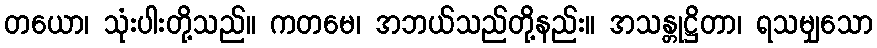
တယော၊ သုံးပါးတို့သည်။ ကတမေ၊ အဘယ်သည်တို့နည်း။ အသန္တုဋ္ဌိတာ၊ ရသမျှသော